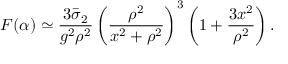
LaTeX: F ( \alpha ) \simeq \frac { 3 \bar { \sigma } _ { 2 } } { g ^ { 2 } \rho ^ { 2 } } \left( \frac { \rho ^ { 2 } } { x ^ { 2 } + \rho ^ { 2 } } \right) ^ { 3 } \left( 1 + \frac { 3 x ^ { 2 } } { \rho ^ { 2 } } \right) .